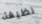
نظيفة